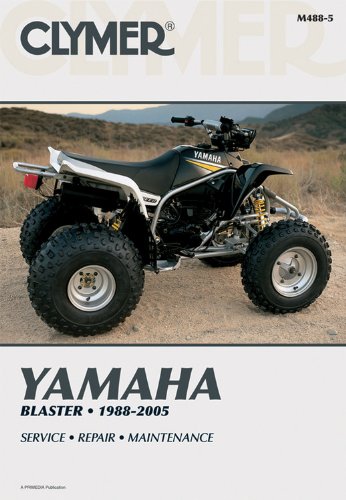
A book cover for Yamaha Blaster 1988-2005 (Clymer Motorcycle Repair); Penton Staff; Sports & Outdoors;